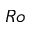
R o